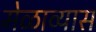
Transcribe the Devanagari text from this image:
मेळाव्यास